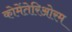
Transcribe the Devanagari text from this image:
कोमेंतेरिओरम